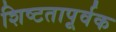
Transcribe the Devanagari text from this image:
शिष्टतापूर्वक